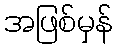
အဖြစ်မှန်